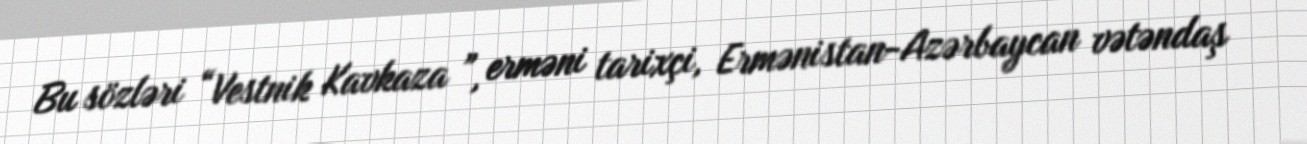
Bu sözləri “Vestnik Kavkaza ”, erməni tarixçi, Ermənistan-Azərbaycan vətəndaş